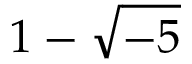
1 - { \sqrt { - 5 } }